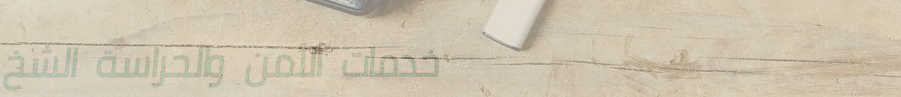
خدمات الأمن والحراسة الشخ